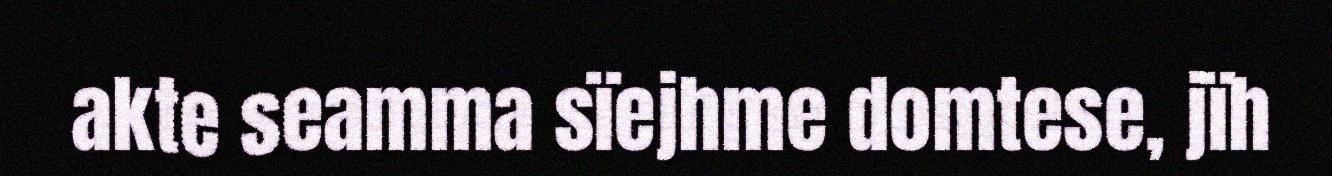
akte seamma sïejhme domtese, jïh